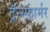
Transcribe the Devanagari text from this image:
ट्रॅन्स्फ़ार्मर